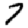
Digit: 7